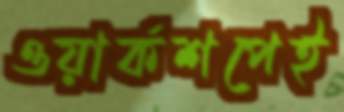
ওয়ার্কশপেই